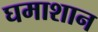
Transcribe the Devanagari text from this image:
घमाशान